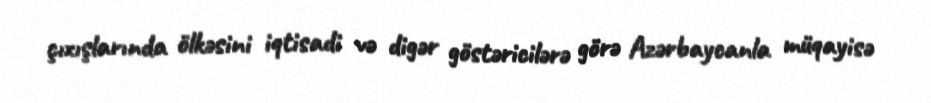
çıxışlarında ölkəsini iqtisadi və digər göstəricilərə görə Azərbaycanla müqayisə